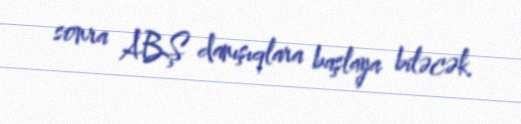
sonra ABŞ danışıqlara başlaya biləcək.